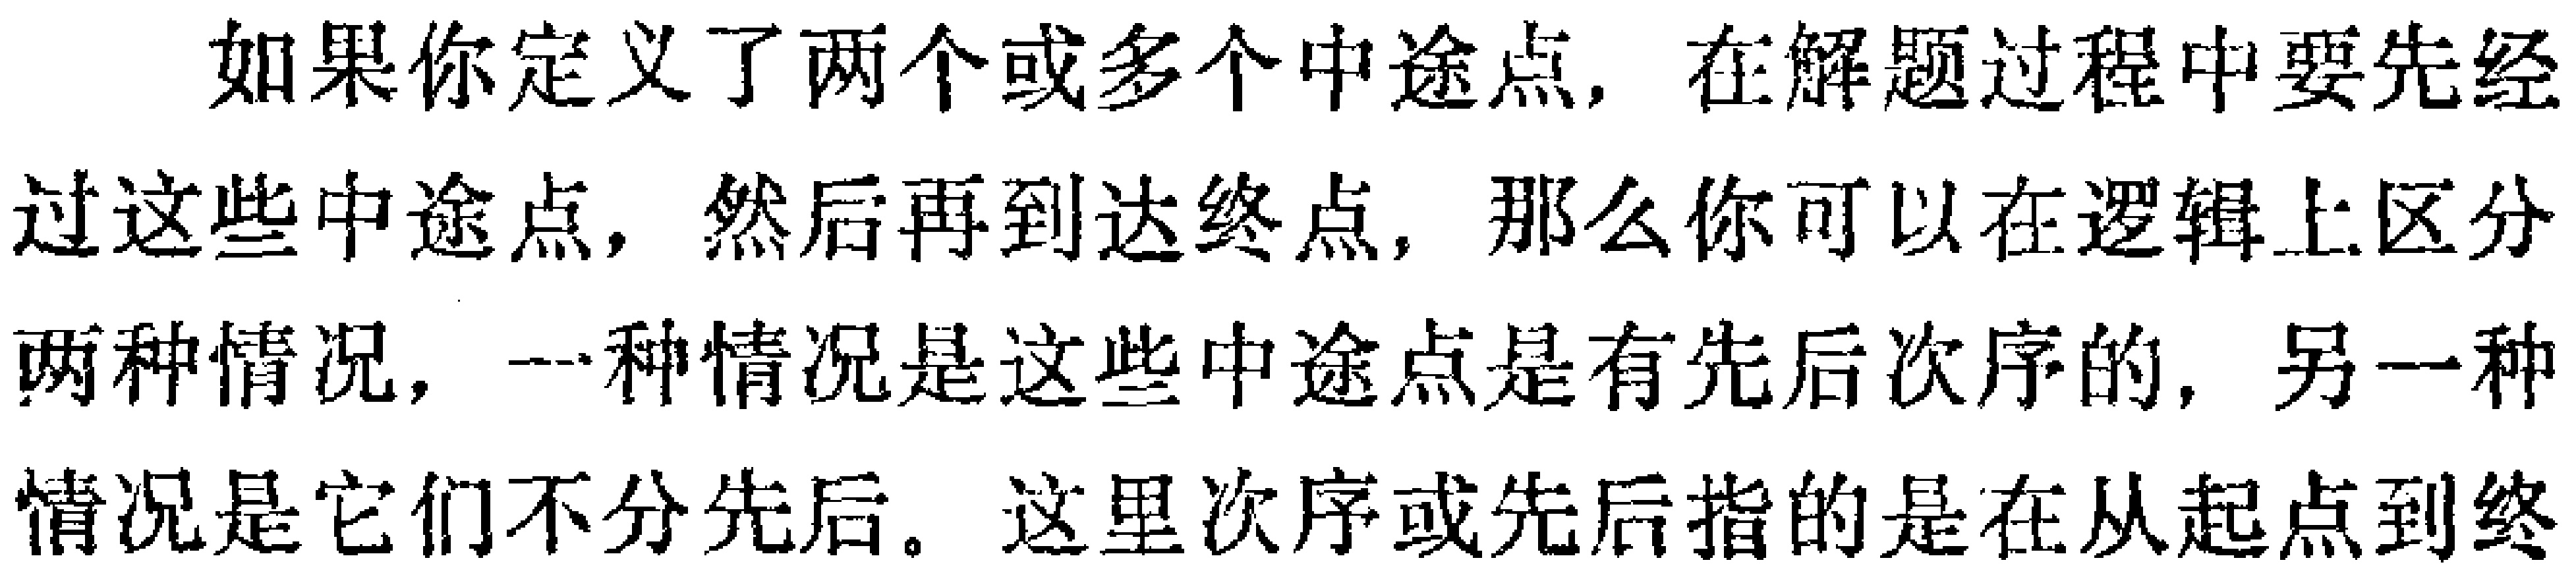
如果你定义了两个或多个中途点，在解题过程中要先经过这些中途点，然后再到达终点，那么你可以在逻辑上区分两种情况，一种情况是这些中途点是有先后次序的，另一种情况是它们不分先后。这里次序或先后指的是在从起点到终